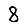
Digit: 8